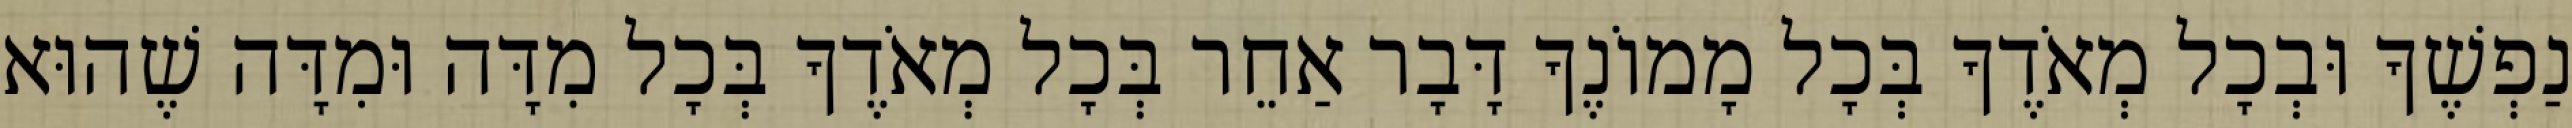
נַפְשֶׁךָ וּבְכָל מְאֹדֶךָ בְּכָל מָמוֹנֶךָ דָּבָר אַחֵר בְּכָל מְאֹדֶךָ בְּכָל מִדָּה וּמִדָּה שֶׁהוּא